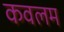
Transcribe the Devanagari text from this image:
कवलम